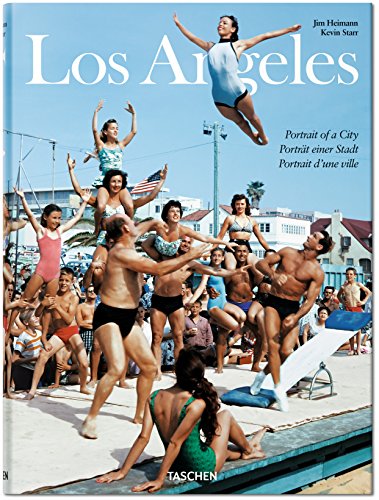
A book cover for Los Angeles: Portrait of a City; Arts & Photography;